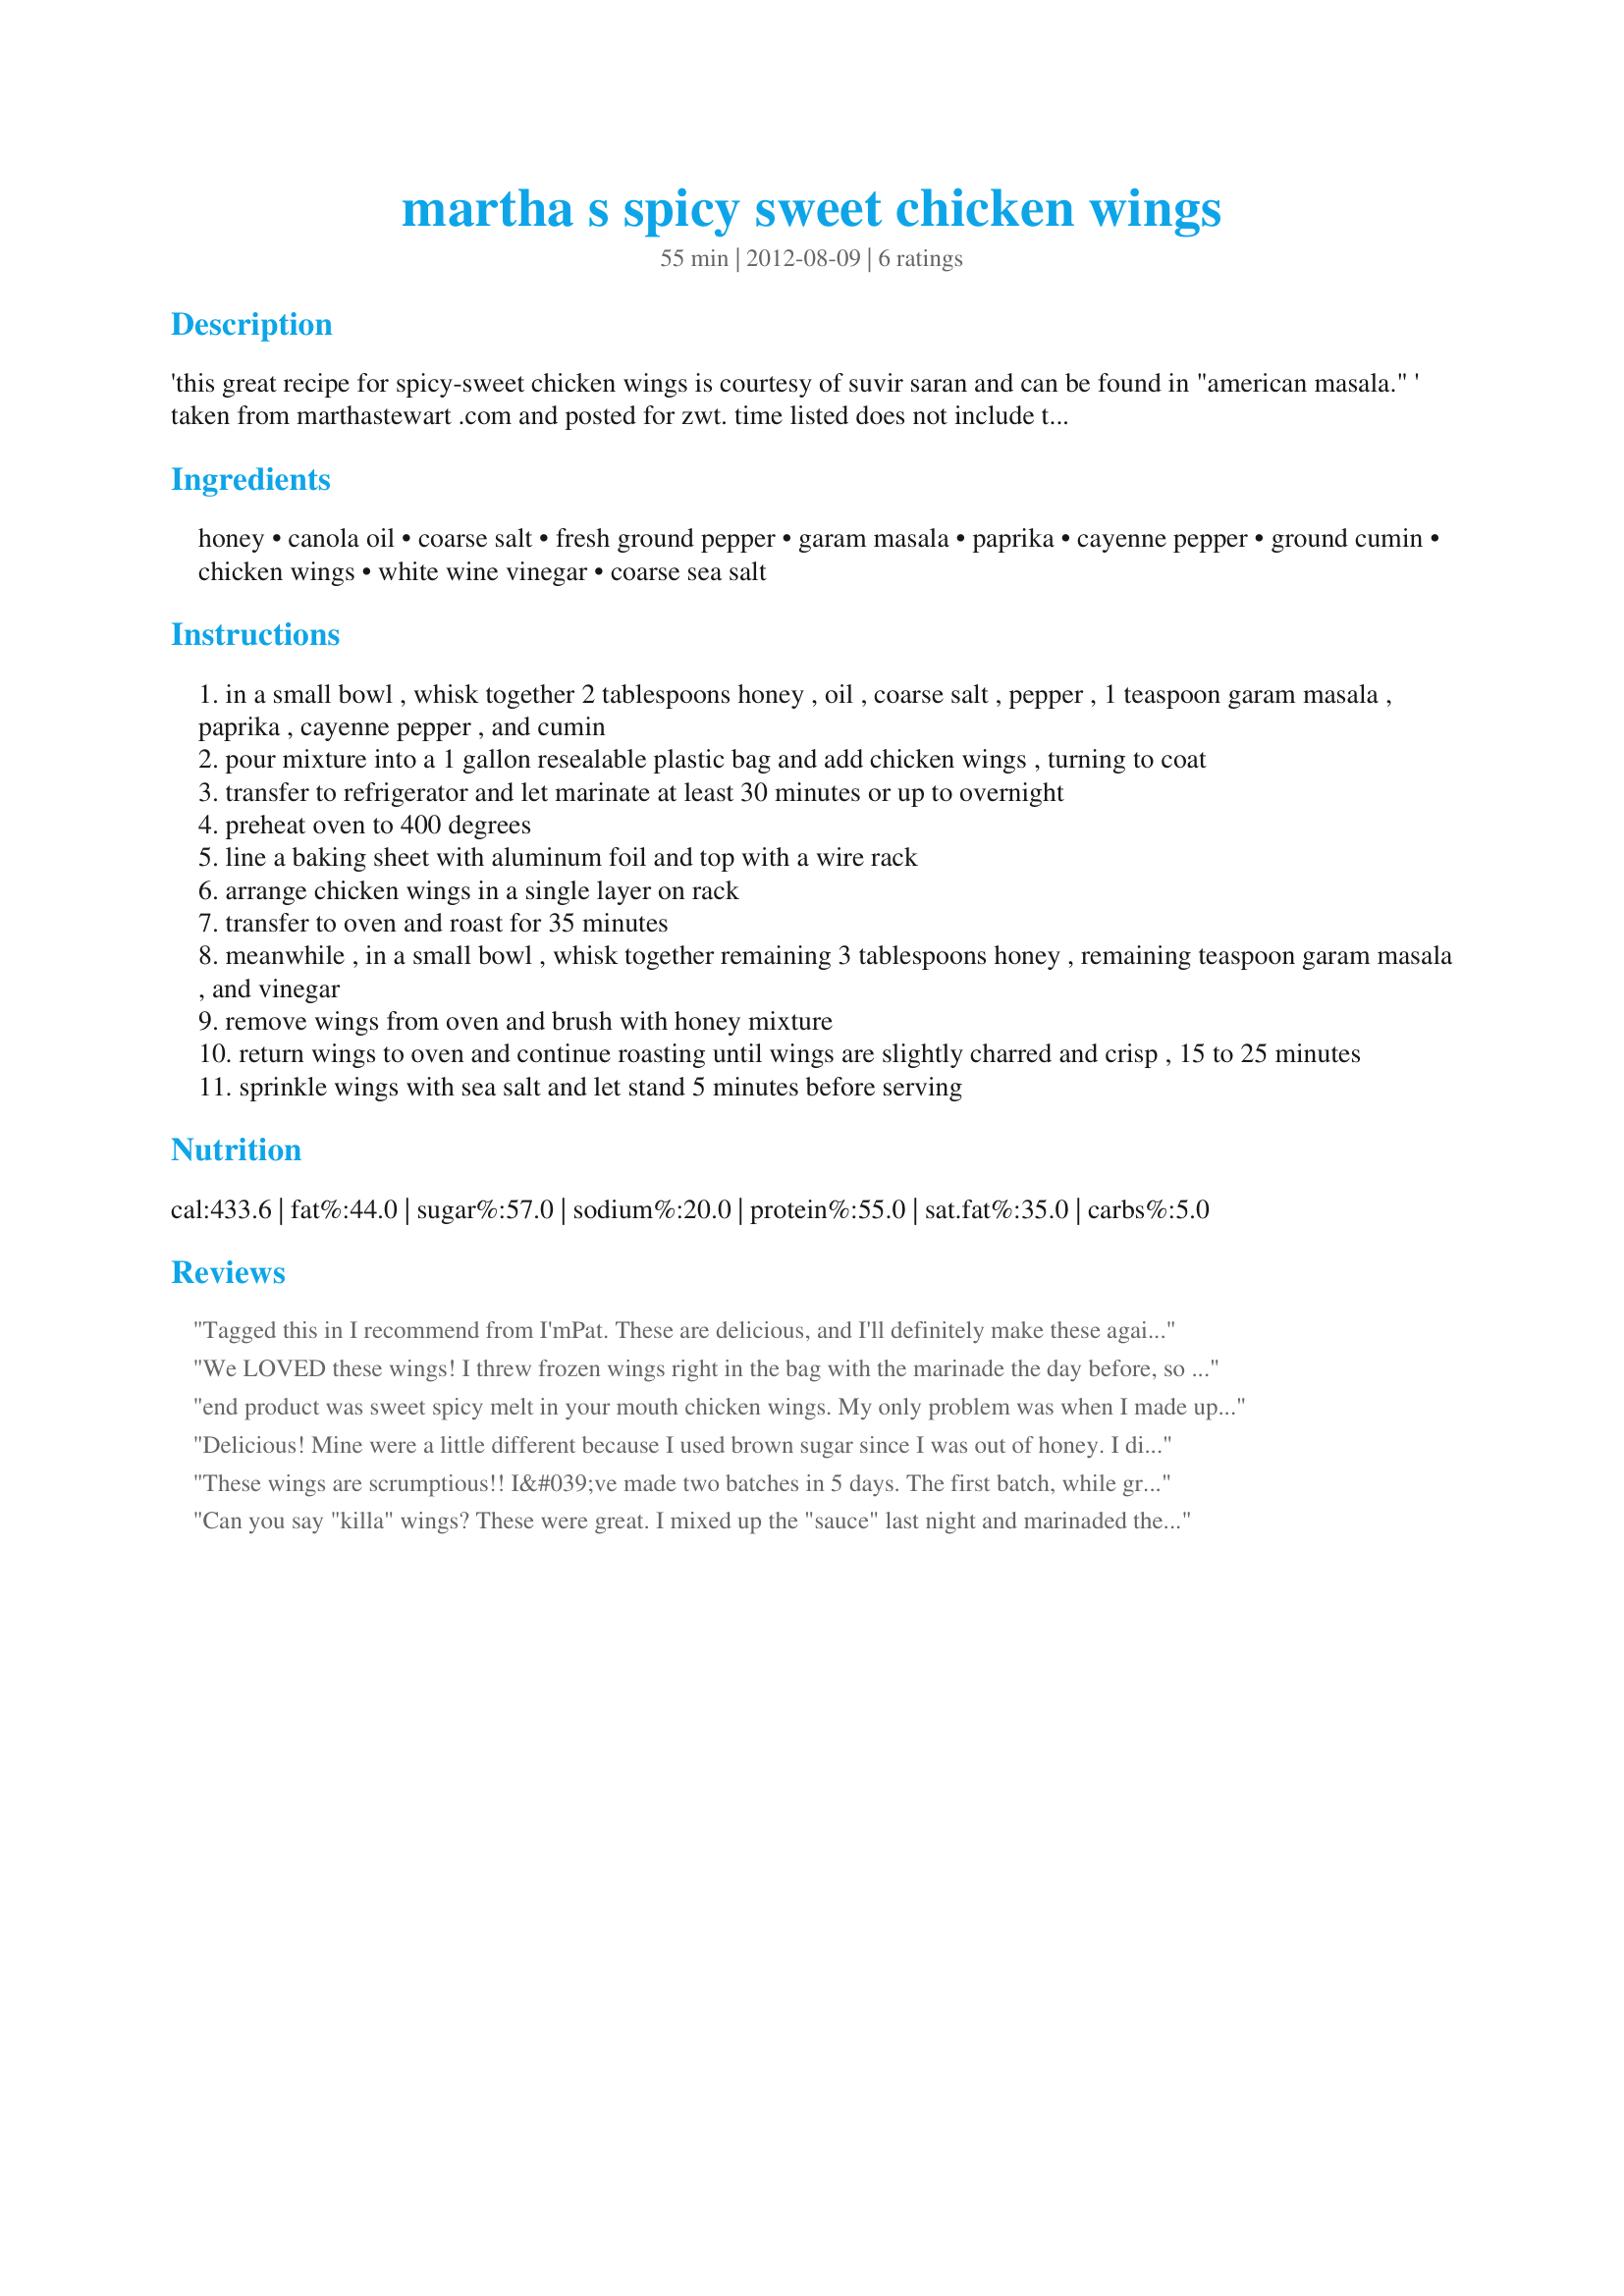
martha s spicy sweet chicken wings
Preparation time: 55 minutes

'this great recipe for spicy-sweet chicken wings is courtesy of suvir saran and can be found in "american masala." ' taken from marthastewart .com and posted for zwt. time listed does not include time to marinate.

Ingredients:
honey, canola oil, coarse salt, fresh ground pepper, garam masala, paprika, cayenne pepper, ground cumin, chicken wings, white wine vinegar, coarse sea salt

Steps:
in a small bowl , whisk together 2 tablespoons honey , oil , coarse salt , pepper , 1 teaspoon garam masala , paprika , cayenne pepper , and cumin
pour mixture into a 1 gallon resealable plastic bag and add chicken wings , turning to coat
transfer to refrigerator and let marinate at least 30 minutes or up to overnight
preheat oven to 400 degrees
line a baking sheet with aluminum foil and top with a wire rack
arrange chicken wings in a single layer on rack
transfer to oven and roast for 35 minutes
meanwhile , in a small bowl , whisk together remaining 3 tablespoons honey , remaining teaspoon garam masala , and vinegar
remove wings from oven and brush with honey mixture
return wings to oven and continue roasting until wings are slightly charred and crisp , 15 to 25 minutes
sprinkle wings with sea salt and let stand 5 minutes before serving

Reviews:
Tagged this in I recommend from I'mPat. These are delicious, and I'll definitely make these again. I just have to figure out how to keep the wings from charring so much and still get them crispy. Following the directions my wings came out black. I solved the thick initial marinade problem by heating the honey in the microwave at power level 3 for 40 minutes, then whisked in the other ingredients....spread easily over the wings. Marinated for 3 hours, then I put them in the oven. Heated the honey for the glaze as well so it would spread easily, and they turned out very tasty. Sweet but with a bit of heat. Loved them. Thanks Pat!
We LOVED these wings! I threw frozen wings right in the bag with the marinade the day before, so they ended up being in there for about 26 hours. The marinade became nice and thick in the thawing process and the flavor of the cooked wings was fantastic. Next time I'm going to do chicken thighs using this marinade. This is a keeper! Thanks Alli!
end product was sweet spicy melt in your mouth chicken wings. My only problem was when I made up the marinade mix it was so thick it was like glue and would not coat the wings so added some hot water and whisked than in and the marinated the wings for about 4 hours amd when I cooked them I poured the marindade over and baked for 35 minutes and the drizzled about half the honey mix over for that last 15 minutes of baking and the result was crispy sweet wings with a bit of pow factor. Thank you alligirl, made for Everydat A Holiday tag game.
Delicious! Mine were a little different because I used brown sugar since I was out of honey. I didn't even brush them with the extra mixture; I was a bit lazy and just let them bake for the entire time and they still came out great! So I imagine they'd be even better with the honey and the extra sauce. Definitely will be making these again; thanks!
These wings are scrumptious!! I&#039;ve made two batches in 5 days. The first batch, while great, came out a bit too charred, but still tasted delicious. For the second batch, I tweaked the brush-on sauce a bit... added a half tsp extra of the garam masala spice and also added about 1/4 cup of Sweet Chili Sauce. The other thing I did was this: during the first baking time, I turned the wings once about 25 minutes through, then let them bake for another 15 minutes. Then when it was time to bake after brushing on the sauce, I turned the wings over after they started to brown (about 8 minutes), brushed on remaining sauce, then baked another 10 minutes. This prevented them from being too charred on one side, and also made them come out evenly browned. These will be in my regular rotation!
Can you say "killa" wings? These were great. I mixed up the "sauce" last night and marinaded them overnight - though my sauce came out more like paste and was not really pourable! Not sure why...but I massaged the sauce all over the wings through the bag. I took them out of the fridge when I got home before putting them in the oven, to bring them close to room temperature. Baked them as directed and was worried they were getting a bit too charred after 35 minutes, so turned my oven down to 325 and flipped them all over. I think I could have doubled the vinegar sauce, as I was not able to liberally coat the wings, so next time I make these I will double that portion. DD didn't want anything to do with them, but ended up eating more of them than DH or me! Just goes to show you should not judge a wing by its color! These were pretty charred looking, but the meat was tender (not dry) and they were spicy - though it was a delayed response...my mouth was a bit on fire by the time I finished my portion. Thanks for posting this keeper - nice variation from my regular wings, and sure to impress your wing buddies. Made for ZWT8 and the Herbaceous Curvaceous Honeys.
